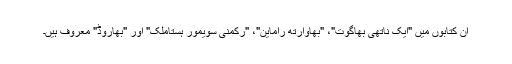
ان کتابوں میں "ایک ناتھی بھاگوت"، "بھاوارتھ راماین"، "رکمنی سویمور ہستاملک" اور "بھاروڈ" معروف ہیں۔